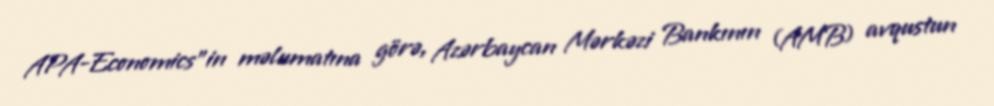
APA-Economics"in məlumatına görə, Azərbaycan Mərkəzi Bankının (AMB) avqustun